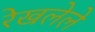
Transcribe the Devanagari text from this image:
रेखलेले